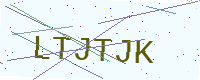
Text: LTJTJK